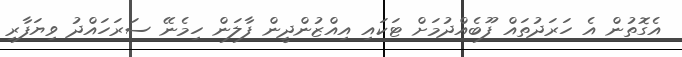
އެގޮތުން އެ ހަރަދުތައް ފޫބެއްދުމަށް ޓަކައި އިއްޒުންދީން ފާލަން ހިމެނޭ ސަރަހައްދު ވިޔަފާރި